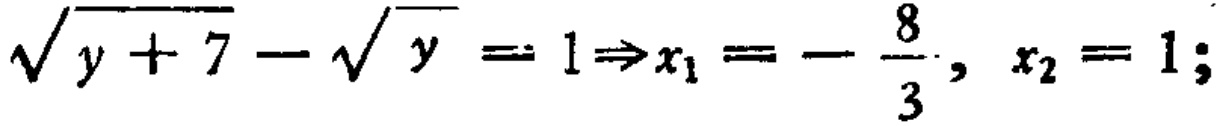
\(\sqrt{y + 7}-\sqrt{y}=1\Rightarrow x_{1}=-\frac{8}{3}, x_{2}=1;\)